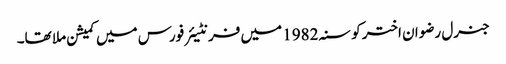
جنرل رضوان اختر کو سنہ 1982 میں فرنٹیئر فورس میں کمیشن ملا تھا۔